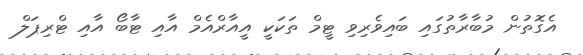
އެގޮތުން މުބާރާތުގައި ބައިވެރިވި ޓީމް ތަކަކީ އީއާރްއެމް އާއި ޓާބޯ އާއި ޓްރިޕަލް